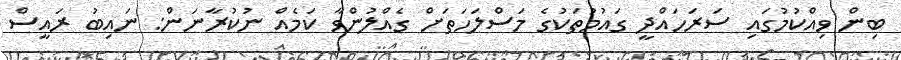
ބިން ވިއްކުމުގައި ސަރަހައްދީ ގައުމުތަކުގެ މަސްލަހަތަށް ގެއްލުންވާ ކަމެއް ނުކުރާނަން: ނައިބު ރައީސް